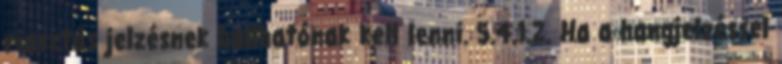
riasztás jelzésnek hallhatónak kell lenni. 5.4.1.2. Ha a hangjelzéssel